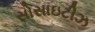
સોસાઇટીઝ